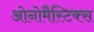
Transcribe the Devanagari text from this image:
ओनोमैस्टिक्स